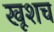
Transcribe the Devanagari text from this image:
खूशच